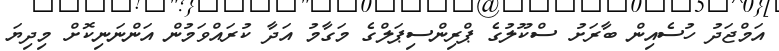
އަމްޖަދު ހުސެއިން ބާރަށު ސްކޫލުގެ ޕްރިންސިޕަލްގެ މަގާމު އަދާ ކުރައްވަމުން އަންނަނިކޮށް މިދިޔަ